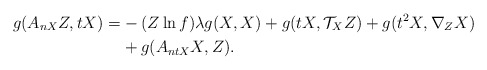
\begin{align*}g(A_{nX}Z, tX)=&-(Z\ln f)\lambda g(X,X)+g(tX,\mathcal{T}_{X}Z)+g(t^{2}X, \nabla_{Z}X)\\ &+g(A_{ntX}X, Z).\end{align*}